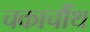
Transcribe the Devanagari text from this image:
चकाचौंथ